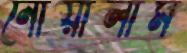
নোয়ালাম